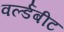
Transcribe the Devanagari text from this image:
वर्ल्डबीट